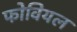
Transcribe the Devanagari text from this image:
फोवियल